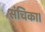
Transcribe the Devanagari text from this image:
संचिका।